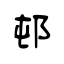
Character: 邨